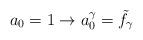
LaTeX: \begin{align*}a_0 = 1 \rightarrow a_{0}^{\gamma} = {\tilde f}_{\gamma}\end{align*}